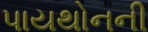
પાયથોનની